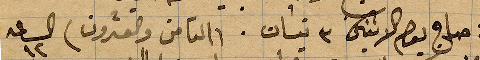
وفي صباح يوم الاقنين ٣ نيسان (الثامن والعشرون) الساعة ١٢